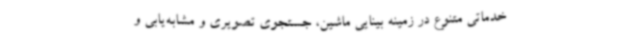
خدماتی متنوع در زمینه بینایی ماشین، جستجوی تصویری و مشابه‌یابی و